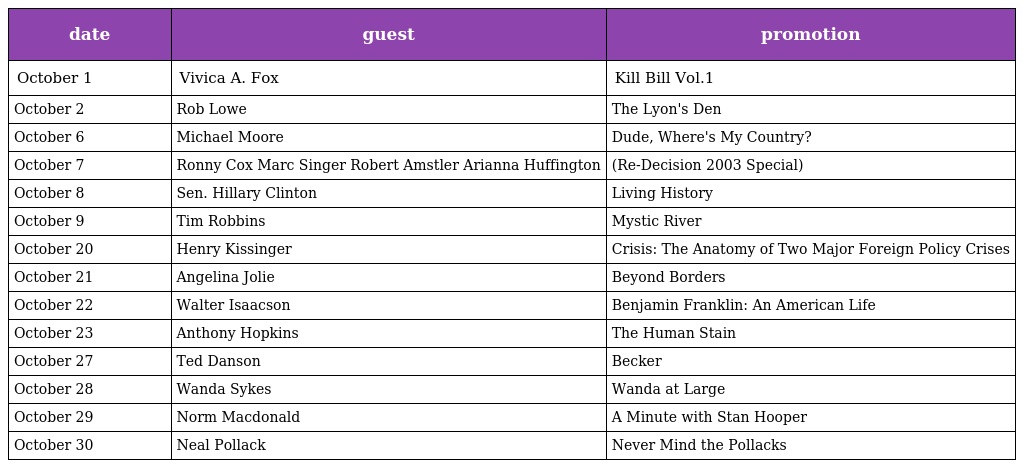
| date | guest | promotion |
 | --- | --- | --- |
 | October 1 | Vivica A. Fox | Kill Bill Vol.1 |
 | October 2 | Rob Lowe | The Lyon's Den |
 | October 6 | Michael Moore | Dude, Where's My Country? |
 | October 7 | Ronny Cox Marc Singer Robert Amstler Arianna Huffington | (Re-Decision 2003 Special) |
 | October 8 | Sen. Hillary Clinton | Living History |
 | October 9 | Tim Robbins | Mystic River |
 | October 20 | Henry Kissinger | Crisis: The Anatomy of Two Major Foreign Policy Crises |
 | October 21 | Angelina Jolie | Beyond Borders |
 | October 22 | Walter Isaacson | Benjamin Franklin: An American Life |
 | October 23 | Anthony Hopkins | The Human Stain |
 | October 27 | Ted Danson | Becker |
 | October 28 | Wanda Sykes | Wanda at Large |
 | October 29 | Norm Macdonald | A Minute with Stan Hooper |
 | October 30 | Neal Pollack | Never Mind the Pollacks |